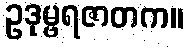
ဥဒုမ္ဗရဇာတက။